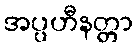
အပ္ပဟီနတ္တာ